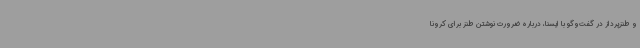
و طنزپرداز در گفت‌وگو با ایسنا، درباره ضرورت نوشتن طنز برای کرونا